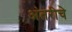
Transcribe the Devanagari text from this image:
अंतरीचे